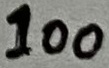
Text: 100